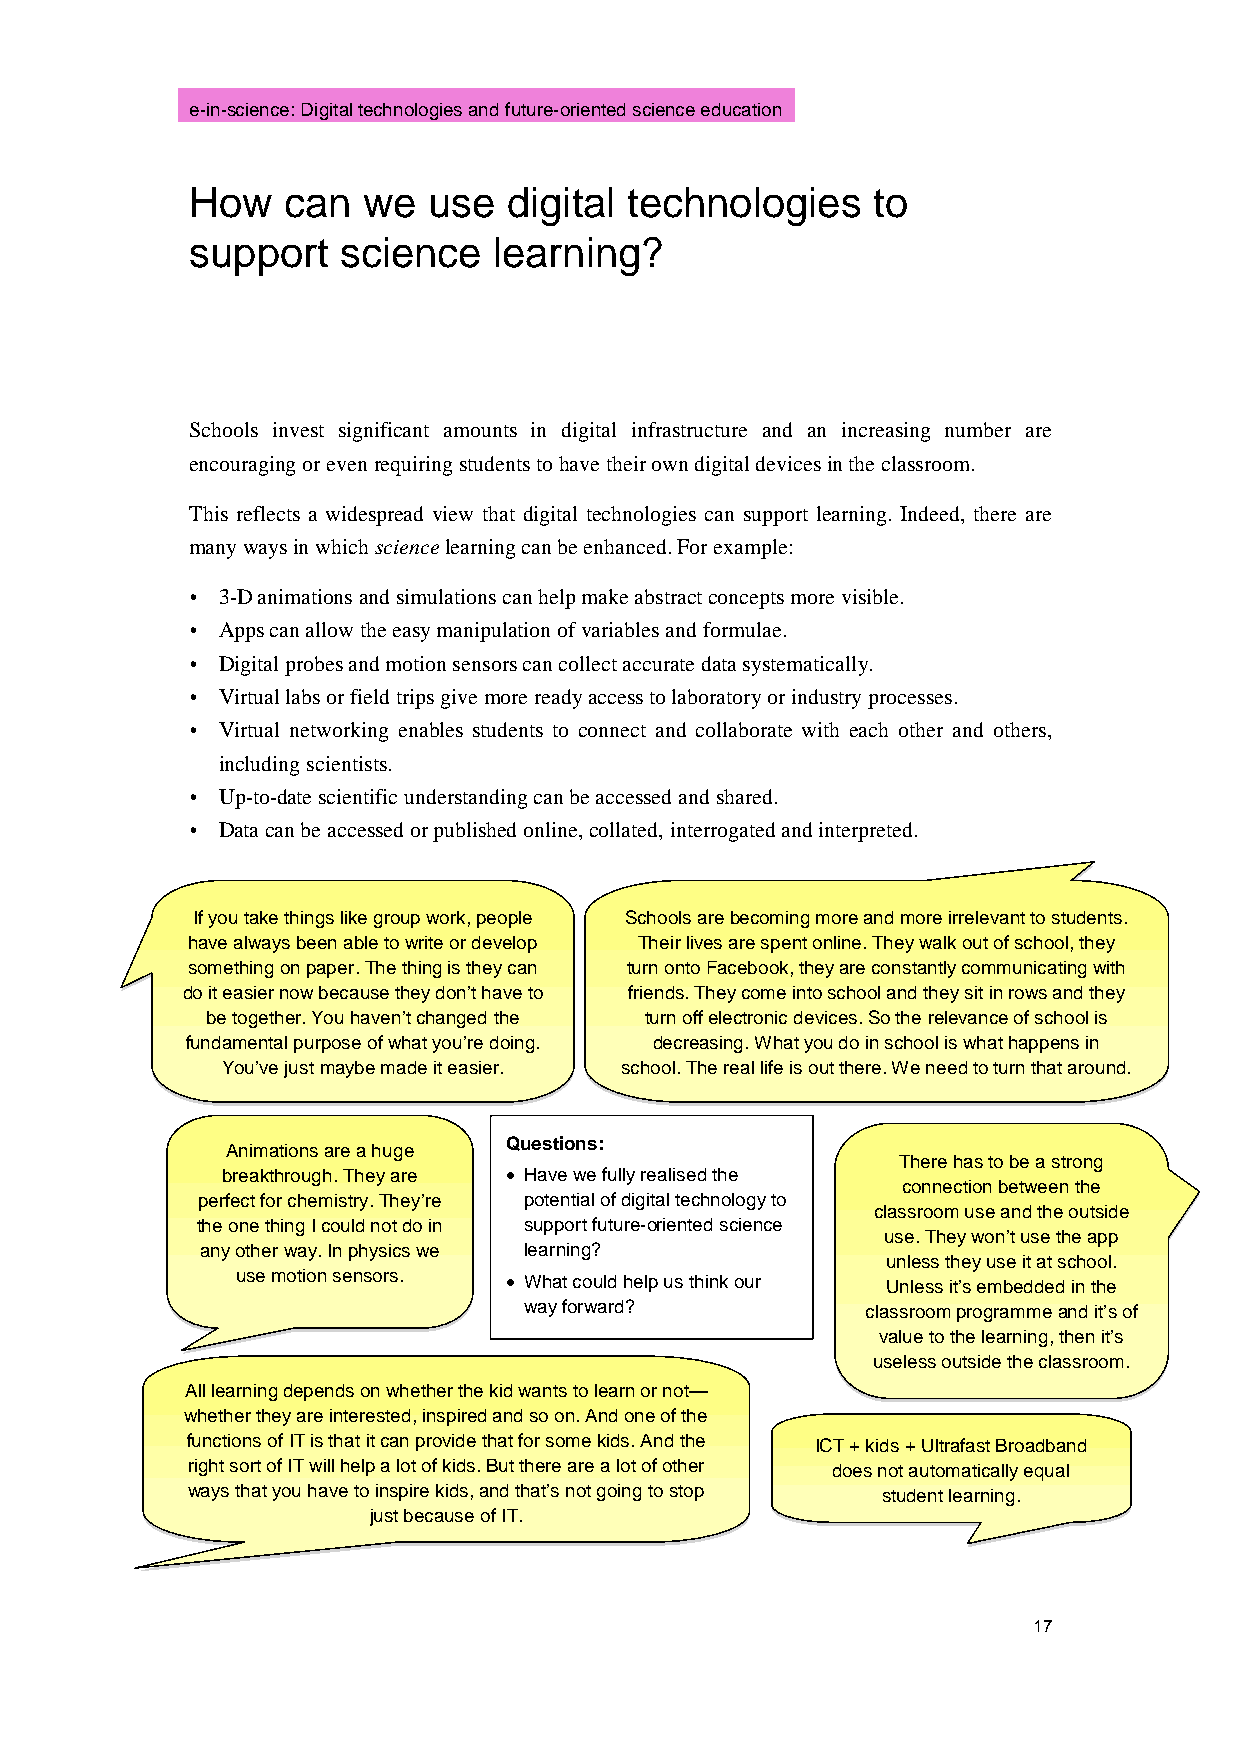
e-in-science: Digital technologies and future-oriented science education
 How   can  we  use   digital technologies    to
 support  science    learning?
 Schools invest significant amounts in digital infrastructure and an increasing number are
 encouraging or even requiring students to have their own digital devices in the classroom.
 This reflects a widespread view that digital technologies can support learning. Indeed, there are
 many ways in which science learning can be enhanced. For example:
  3-D animations and simulations can help make abstract concepts more visible.
  Apps can allow the easy manipulation of variables and formulae.
  Digital probes and motion sensors can collect accurate data systematically.
  Virtual labs or field trips give more ready access to laboratory or industry processes.
  Virtual networking enables students to connect and collaborate with each other and others,
 including scientists.
  Up-to-date scientific understanding can be accessed and shared.
  Data can be accessed or published online, collated, interrogated and interpreted.
 If you take things like group work, people Schools are becoming more and more irrelevant to students.
 have always been able to write or develop Their lives are spent online. They walk out of school, they
 s omething on paper. The thing is they can turn onto Facebook, they are constantly communicating with
 do it easier now because they don’t have to friends. They come into school and they sit in rows and they
 be together. You haven’t changed the turn off electronic devices. So the relevance of school is
 fundamental purpose of what you’re doing. decreasing. What you do in school is what happens in
 You’ve just maybe made it easier. school. The real life is out there. We need to turn that around.
 Questions:
 Animations are a huge
 There has to be a strong
 breakthrough. They are • Have we fully realised the
 connection between the
 perfect for chemistry. They’re potential of digital technology to
 classroom use and the outside
 the one thing I could not do in support future-oriented science
 use. They won’t use the app
 any other way. In physics we learning?
 unless they use it at school.
 use motion sensors. • What could help us think our Unless it’s embedded in the
 way forward?          classroom programme and it’s of
 value to the learning, then it’s
 useless outside the classroom.
 All learning depends on whether the kid wants to learn or not—
 whether they are interested, inspired and so on. And one of the
 functions of IT is that it can provide that for some kids. And the ICT + kids + Ultrafast Broadband
 right sort of IT will help a lot of kids. But there are a lot of other does not automatically equal
 ways that you have to inspire kids, and that’s not going to stop student learning.
 just because of IT.
 17